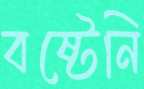
বষ্টেনি